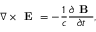
\nabla \times \textbf { E } = - \frac { 1 } { c } \frac { \partial \textbf { B } } { \partial t } ,